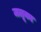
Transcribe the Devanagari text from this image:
जलूका